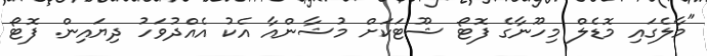
"މާލެގައި މޮޑެލް މިހޫނާގެ ފޮޓޯ ޝޫޓަކަށް މުޝާންއާ އެކު އެއްދުވަހު ދިޔައިން. ފޮޓޯ